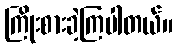
ကြိုးစားခဲ့ကြပါတယ်။